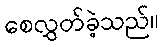
စေလွှတ်ခဲ့သည်။